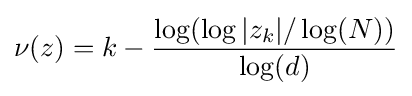
\nu (z)=k-{\frac {\log(\log |z_{k}|/\log(N))}{\log(d)}}